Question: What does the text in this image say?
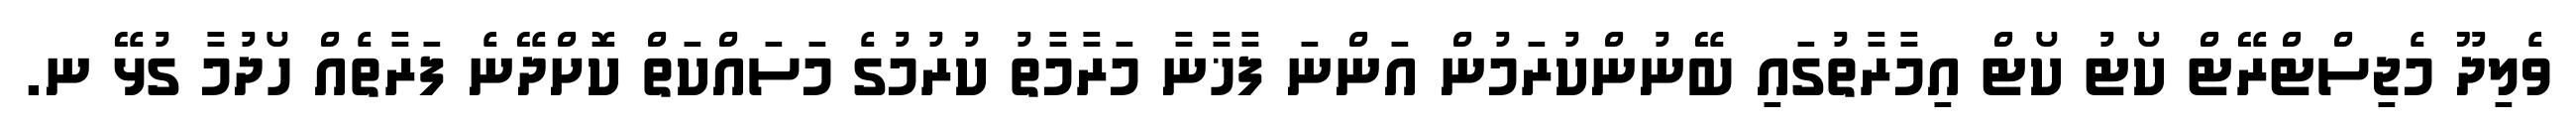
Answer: ވެލިދޫ މެޖިސްޓްރޭޓް ކޯޓު ކޯޓް އިމާރާތުގައި ބޭނުންކުރަމުން އަންނަ ފާޚާނާ މަރާމާތު ކުރުމުގެ މަސައްކަތް ކޮށްދޭނެ ފަރާތެއް ހޯދުމާ ގުޅޭ ނ.